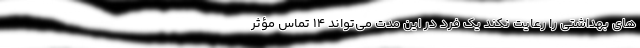
های بهداشتی را رعایت نکند یک فرد در این مدت می‌تواند ۱۴ تماس مؤثر